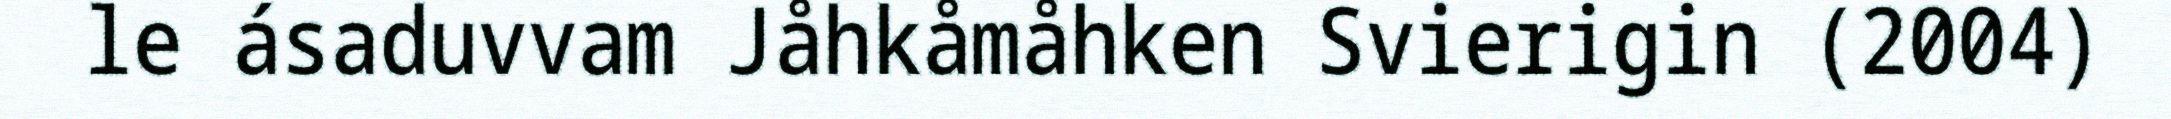
le ásaduvvam Jåhkåmåhken Svierigin (2004)